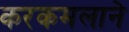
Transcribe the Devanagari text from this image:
करकमलाने